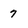
Character: 7